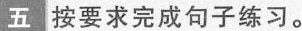
五 按要求完成句子练习。